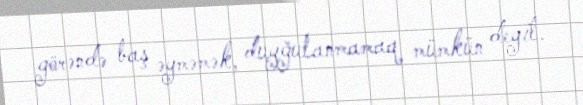
görəndə baş əyməmək, duyğulanmamaq mümkün deyil.